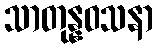
သာတုန္နဝသနာ